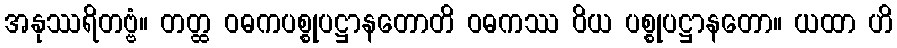
အနုဿရိတဗ္ဗံ။ တတ္ထ ဝဓကပစ္စုပဋ္ဌာနတောတိ ဝဓကဿ ဝိယ ပစ္စုပဋ္ဌာနတော။ ယထာ ဟိ